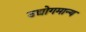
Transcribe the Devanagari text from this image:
उद्योगमान्य